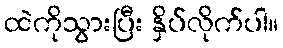
ထဲကိုသွားပြီး နှိပ်လိုက်ပါ။